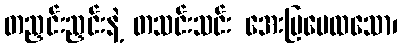
တညှင်းညှင်းနဲ့ တသင်းသင်း အေးမြပေထသော၊